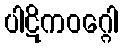
ပါဋိကဝဂ္ဂေါ